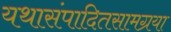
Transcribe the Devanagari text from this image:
यथासंपादितसामग्रया